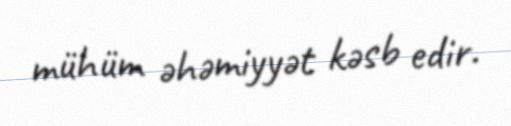
mühüm əhəmiyyət kəsb edir.